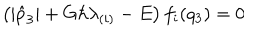
\left( | \hat { p } _ { 3 } | + G \hbar \lambda _ { ( i ) } - E \right) f _ { i } ( q _ { 3 } ) = 0